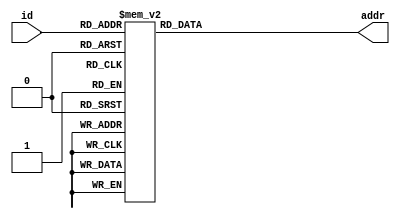
`timescale 1ns / 1ns
//////////////////////////////////////////////////////////////////////////////////
// Company: 
// Engineer: 
// 
// Design Name: 
// Module Name: Object
// Project Name: 
// Target Devices: 
// Tool Versions: 
// Description: 
// 
// Dependencies: 
// 
// Revision:
// Revision 0.01 - File Created
// Additional Comments:
// 
//////////////////////////////////////////////////////////////////////////////////

//////////////////////////////////////////////////////////////////////////////////
// Map object id to address in the rom.
//////////////////////////////////////////////////////////////////////////////////
//box: 0
//boxempty: 1
//block: 2
//ground: 3

//castle1: 4
//castle2: 5
//castle3: 6
//castle4: 7
//castle5: 8
//castle6: 9

//goomba1: 10
//goomba2: 11
//goomba3: 12

//obstacle: 13

//mushroom: 14

//hill_up: 15
//hill_left: 24
//hill_down: 25
//hill_right: 26

//coin1: 16
//coin2: 17
//coin3: 18
//coin4: 19

//cloud1: 20
//cloud2: 21
//cloud3: 30
//cloud4: 31

//grass_left: 22
//grass_right: 23

//flag: 27
//pillar: 28
//ball: 29

//player1l: 32
//player1r: 42
//player2l: 33
//player2r: 43
//player3l: 34
//player3r: 44
//player4l: 35
//player4r: 45
//player5l: 36
//player5r: 46
//player_die: 37

//tunnel1: 38
//tunnel2: 39
//tunnel3: 48
//tunnel4: 49

//sky: 40

module Object(
	input [5:0] id, // 0 - 49 (64)
	output reg [17:0] addr
);

	always@(*) begin
		case(id)
			0: addr <= 0;
			1: addr <= 64 * 1;
			2: addr <= 64 * 2;
			3: addr <= 64 * 3;
			4: addr <= 64 * 4;
			5: addr <= 64 * 5;
			6: addr <= 64 * 6;
			7: addr <= 64 * 7;
			8: addr <= 64 * 8;
			9: addr <= 64 * 9;
			10: addr <= 640 * 64;
			11: addr <= 640 * 64 + 64 * 1;
			12: addr <= 640 * 64 + 64 * 2;
			13: addr <= 640 * 64 + 64 * 3;
			14: addr <= 640 * 64 + 64 * 4;
			15: addr <= 640 * 64 + 64 * 5;
			16: addr <= 640 * 64 + 64 * 6;
			17: addr <= 640 * 64 + 64 * 7;
			18: addr <= 640 * 64 + 64 * 8;
			19: addr <= 640 * 64 + 64 * 9;
			20: addr <= 640 * 64 * 2;
			21: addr <= 640 * 64 * 2 + 64 * 1;
			22: addr <= 640 * 64 * 2 + 64 * 2;
			23: addr <= 640 * 64 * 2 + 64 * 3;
			24: addr <= 640 * 64 * 2 + 64 * 4;
			25: addr <= 640 * 64 * 2 + 64 * 5;
			26: addr <= 640 * 64 * 2 + 64 * 6;
			27: addr <= 640 * 64 * 2 + 64 * 7;
			28: addr <= 640 * 64 * 2 + 64 * 8;
			29: addr <= 640 * 64 * 2 + 64 * 9;
			30: addr <= 640 * 64 * 3;
			31: addr <= 640 * 64 * 3 + 64 * 1;
			32: addr <= 640 * 64 * 3 + 64 * 2;
			33: addr <= 640 * 64 * 3 + 64 * 3;
			34: addr <= 640 * 64 * 3 + 64 * 4;
			35: addr <= 640 * 64 * 3 + 64 * 5;
			36: addr <= 640 * 64 * 3 + 64 * 6;
			37: addr <= 640 * 64 * 3 + 64 * 7;
			38: addr <= 640 * 64 * 3 + 64 * 8;
			39: addr <= 640 * 64 * 3 + 64 * 9;
			40: addr <= 640 * 64 * 4;
			42: addr <= 640 * 64 * 4 + 64 * 2;
			43: addr <= 640 * 64 * 4 + 64 * 3;
			44: addr <= 640 * 64 * 4 + 64 * 4;
			45: addr <= 640 * 64 * 4 + 64 * 5;
			46: addr <= 640 * 64 * 4 + 64 * 6;
			48: addr <= 640 * 64 * 4 + 64 * 8;
			49: addr <= 640 * 64 * 4 + 64 * 9;
			default: 
				addr <= 640 * 64 * 4;
		endcase
	end
	
endmodule